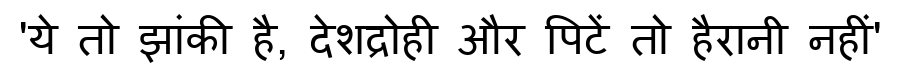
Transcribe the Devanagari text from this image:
'ये तो झांकी है, देशद्रोही और पिटें तो हैरानी नहीं'